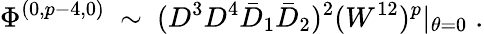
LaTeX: \Phi^{(0,p-4,0)}~\sim~(D^{3}D^{4}\bar{D}_{1}\bar{D}_{2})^{2}(W^{12})^{p}\vert_{\theta=0}\; .